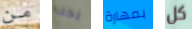
من يجب بمهارة كل